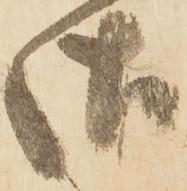
御